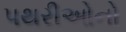
પથરીઓનો